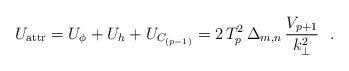
LaTeX: \begin{align*}U_{\rm attr} = U_\phi+U_h+U_{C_{(p-1)}} = 2\,T_p^2\,\Delta_{m,n}\,\frac{V_{p+1}}{k_\bot^2}~~.\end{align*}